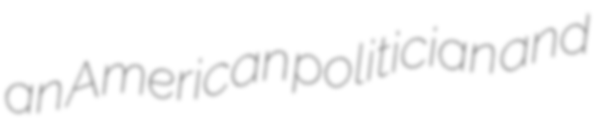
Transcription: an American politician and